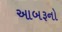
આબરૂનો